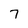
Character: 7